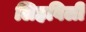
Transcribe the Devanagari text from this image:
लिहविली